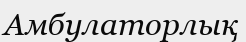
Амбулаторлық